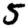
Digit: 5